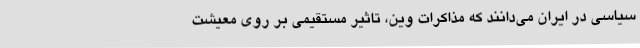
سیاسی در ایران می‌دانند که مذاکرات وین، تاثیر مستقیمی بر روی معیشت